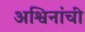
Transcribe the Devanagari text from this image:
अश्विनांची